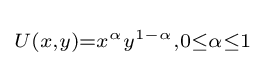
\scriptstyle U\left(x,y\right)=x^{\alpha }y^{1-\alpha },0\leq \alpha \leq 1